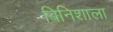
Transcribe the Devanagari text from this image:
बिनिशाला